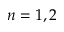
n = 1 , 2